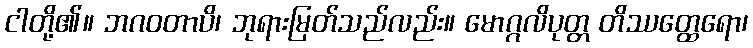
ငါတို့၏။ ဘဂဝတာပိ၊ ဘုရားမြတ်သည်လည်း။ မောဂ္ဂလိပုတ္တ တိဿတ္ထေရော၊